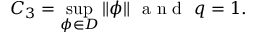
C _ { 3 } = \operatorname* { s u p } _ { \phi \in D } \| \phi \| \ \mathrm { ~ a ~ n ~ d ~ } \ q = 1 .